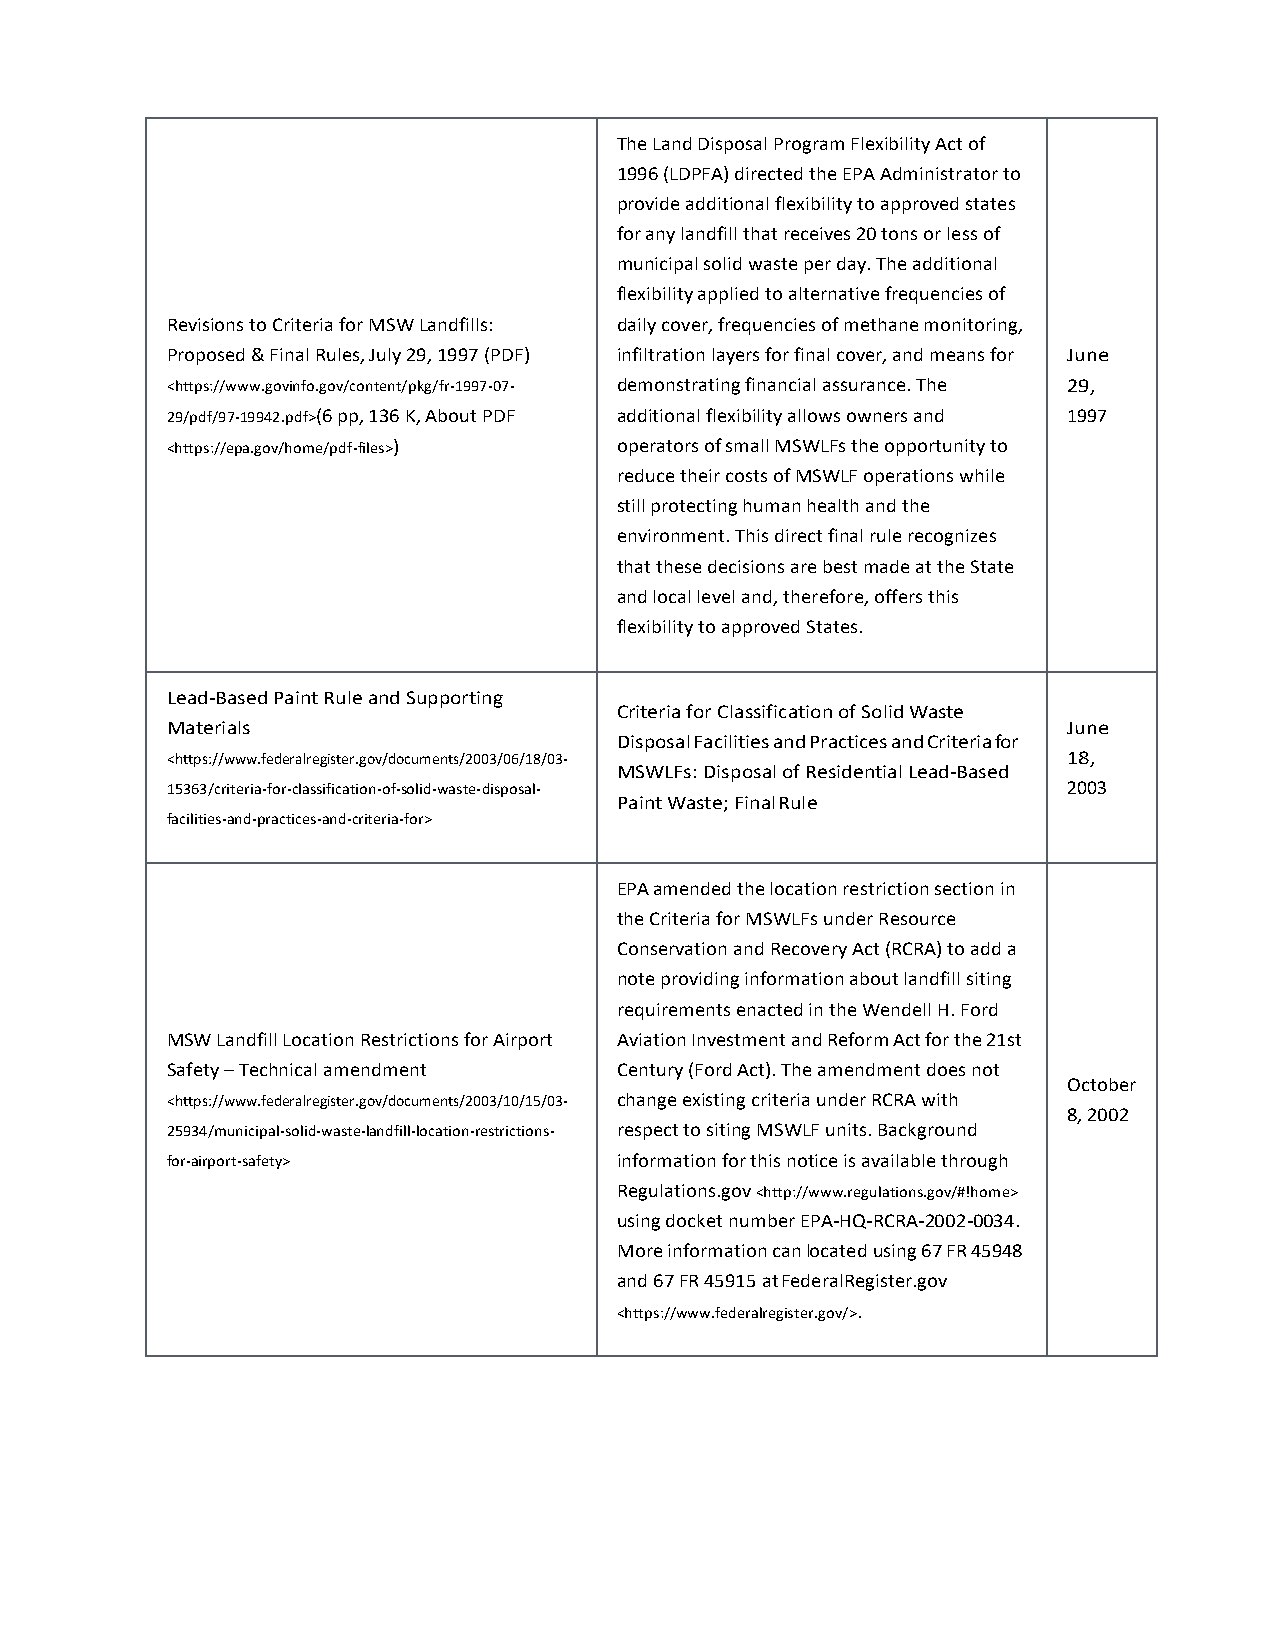
The Land Disposal Program Flexibility Act of
 1996 (LDPFA) directed the EPA Administrator to
 provide additional flexibility to approved states
 for any landfill that receives 20 tons or less of
 municipal solid waste per day. The additional
 flexibility applied to alternative frequencies of
 Revisions to Criteria for MSW Landfills: daily cover, frequencies of methane monitoring,
 Proposed & Final Rules, July 29, 1997 (PDF) infiltration layers for final cover, and means for June
 <https://www.govinfo.gov/content/pkg/fr-1997-07- demonstrating financial assurance. The 29,
 29/pdf/97-19942.pdf>(6 pp, 136 K, About PDF additional flexibility allows owners and 1997
 <https://epa.gov/home/pdf-files>) operators of small MSWLFs the opportunity to
 reduce their costs of MSWLF operations while
 still protecting human health and the
 environment. This direct final rule recognizes
 that these decisions are best made at the State
 and local level and, therefore, offers this
 flexibility to approved States.
 Lead-Based Paint Rule and Supporting
 Criteria for Classification of Solid Waste
 Materials                                                   June
 Disposal Facilities and Practices and Criteria for
 <https://www.federalregister.gov/documents/2003/06/18/03-   18,
 MSWLFs: Disposal of Residential Lead-Based
 15363/criteria-for-classification-of-solid-waste-disposal-  2003
 Paint Waste; Final Rule
 facilities-and-practices-and-criteria-for>
 EPA amended the location restriction section in
 the Criteria for MSWLFs under Resource
 Conservation and Recovery Act (RCRA) to add a
 note providing information about landfill siting
 requirements enacted in the Wendell H. Ford
 MSW Landfill Location Restrictions for Airport Aviation Investment and Reform Act for the 21st
 Safety – Technical amendment  Century (Ford Act). The amendment does not
 October
 <https://www.federalregister.gov/documents/2003/10/15/03- change existing criteria under RCRA with
 8, 2002
 25934/municipal-solid-waste-landfill-location-restrictions- respect to siting MSWLF units. Background
 for-airport-safety>           information for this notice is available through
 Regulations.gov <http://www.regulations.gov/#!home>
 using docket number EPA-HQ-RCRA-2002-0034.
 More information can located using 67 FR 45948
 and 67 FR 45915 at FederalRegister.gov
 <https://www.federalregister.gov/>.